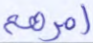
أمرهم